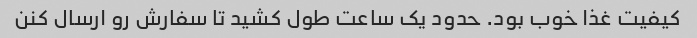
کیفیت غذا خوب بود. حدود یک ساعت طول کشید تا سفارش رو ارسال کنن